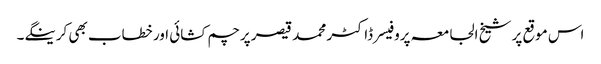
اس موقع پر شیخ الجامعہ پروفیسر ڈاکٹر محمد قیصر پرچم کشائی اور خطاب بھی کرینگے۔